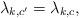
LaTeX: \begin{align*}\lambda_{k,c^\prime}=\lambda_{k,c},\end{align*}